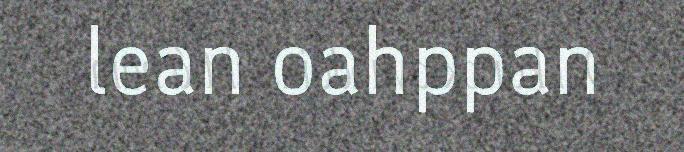
lean oahppan